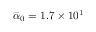
\bar { \alpha } _ { 0 } = 1 . 7 \times 1 0 ^ { 1 }